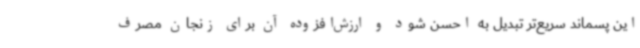
این پسماند سریع‌تر تبدیل به احسن شود و ارزش‌افزوده آن برای زنجان مصرف